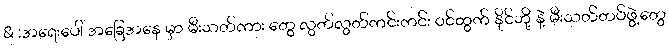
& :အရေးပေါ် အခြေအနေ မှာ မီးသတ်ကား တွေ လွတ်လွတ်ကင်းကင်း ဝင်ထွက် နိုင်ဘို့ နဲ့ မီးသတ်တပ်ဖွဲ့တွေ